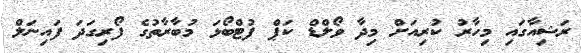
ރަޝިއާގައި މިހާރު ކުރިއަށް މިދާ ވޯލްޑް ކަޕް ފުޓްބޯޅަ މުބާރާތުގެ ފޯރިގަދަ ފައިނަލް